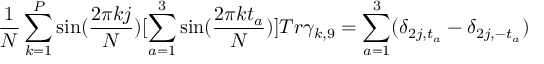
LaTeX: \frac { 1 } N \sum _ { k = 1 } ^ { P } \sin ( \frac { 2 \pi k j } N ) [ \sum _ { a = 1 } ^ { 3 } \sin ( \frac { 2 \pi k t _ { a } } N ) ] T r \gamma _ { k , 9 } = \sum _ { a = 1 } ^ { 3 } ( \delta _ { 2 j , t _ { a } } - \delta _ { 2 j , - t _ { a } } )